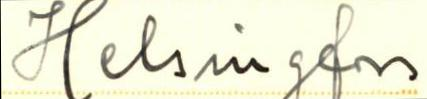
Helsingfors